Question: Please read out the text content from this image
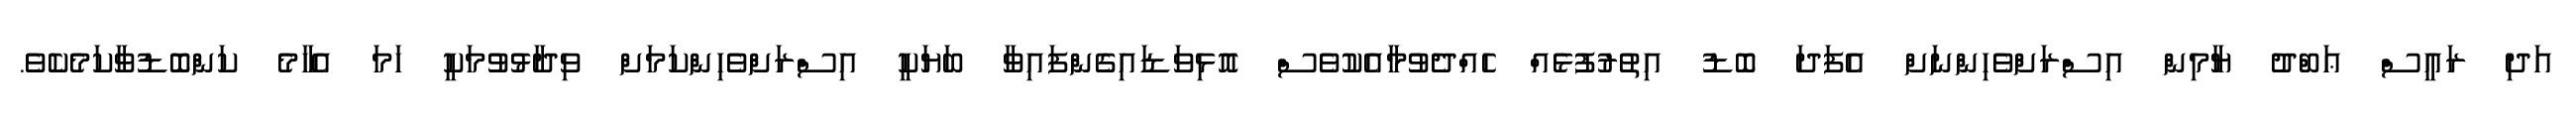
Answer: އަދި ރައީސް ޢަބްދު ޔާމިން އިސްރަށްވެހިންނަށް އެފަދަ ބޮޑު އިތުރުފުޅެއް ހެއްދެވުމާއެކުވެސް އޮޅިވަޑައިގެންފައިވާ ބަޔަކީ އިސްރަށްވެހިންކަމަށް ވިދާޅުވުމަކީ ހަމަ އެހާމެ ކަންބޮޑުވާކަމެކެވެ.